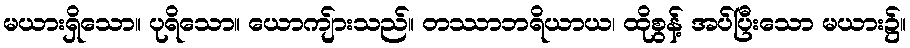
မယားရှိသော။ ပုရိသော။ ယောကျ်ားသည်။ တဿာဘရိယာယ၊ ထိုစွန့် အပ်ပြီးသော မယား၌။